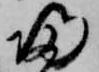
帰